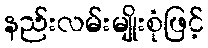
နည်းလမ်းမျိုးစုံဖြင့်